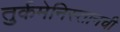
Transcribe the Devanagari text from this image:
तुर्कमेनिस्तानची